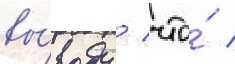
вы́воду / что́ /